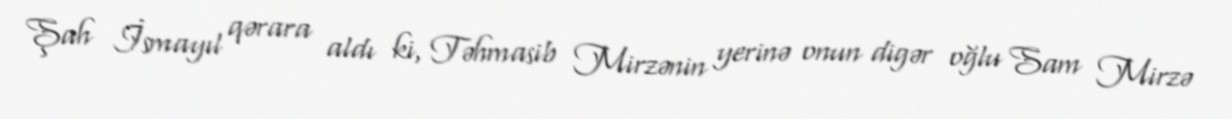
Şah İsmayıl qərara aldı ki, Təhmasib Mirzənin yerinə onun digər oğlu Sam Mirzə